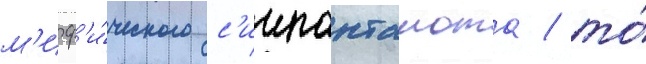
м'иф'и́ческого с'иипанташота / то́